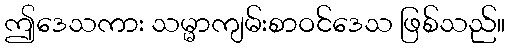
ဤဒေသကား သမ္မာကျမ်းစာဝင်ဒေသ ဖြစ်သည်။